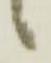
候